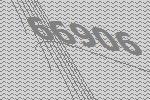
66906